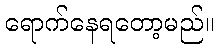
ရောက်နေရတော့မည်။